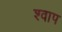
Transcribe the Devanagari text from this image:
श्वाप